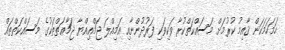
ހަމަހަމަކަން ޤާއިމު ކުރުމަށް މަސައްކަތްކުރާ ވަކިވަކި ފަރުދުންނާއި އަމިއްލަ ޖަމްޢިއްޔާ ޖަމާޢަތްތަކުގެ މަސައްކަތްތައް